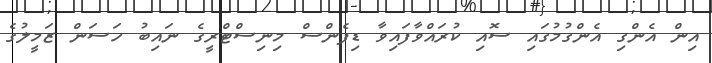
އިން އެންގި އެންގުމުގައި ސޮއި ކުރައްވާފައިވާ ޑިފެންސް މިނިސްޓްރީގެ ނައިބު ހަސަން ޒަމީލުގެ